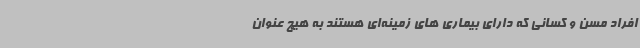
افراد مسن و کسانی که دارای بیماری های زمینه‌ای هستند به هیچ عنوان